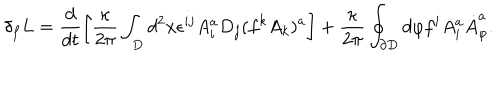
\delta _ { f } L = \frac { d } { d t } \left[ \frac { \kappa } { 2 \pi } \int _ { D } d ^ { 2 } x \epsilon ^ { i j } A _ { i } ^ { a } D _ { j } ( f ^ { k } A _ { k } ) ^ { a } \right] + \frac { \kappa } { 2 \pi } \oint _ { \partial { D } } d \varphi f ^ { i } A _ { i } ^ { a } { \dot { A } } _ { \varphi } ^ { a } .